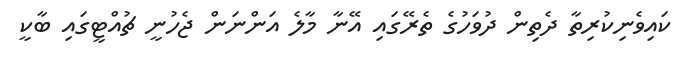
ކައިވެނިކުރިތާ ދެތިން ދުވަހުގެ ތެރޭގައި އޭނާ މާލެ އަންނަން ޖެހުނީ ޗުއްޓީގައި ބާކީ